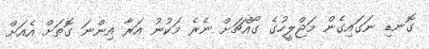
ގޮނޑި ނަގައިގެން މަޖްލީހުގެ ގޯއްޗަށް ނެރެ މަކުނު އަރާ އިންނަ ގޮތަށް އެއަށް